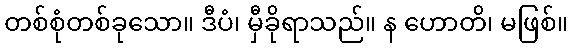
တစ်စုံတစ်ခုသော။ ဒီပံ၊ မှီခိုရာသည်။ န ဟောတိ၊ မဖြစ်။